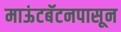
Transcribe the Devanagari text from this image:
माऊंटबॅटनपासून